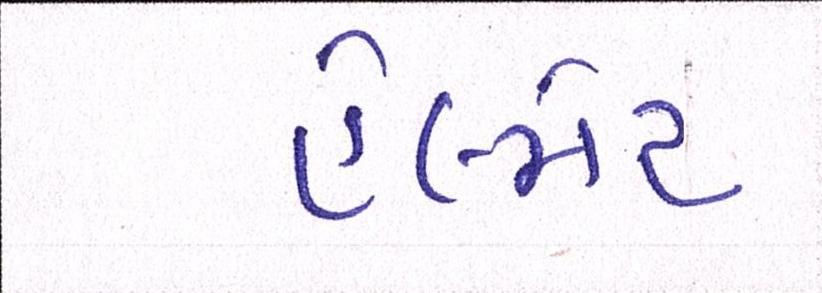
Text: હેલ્મેટ